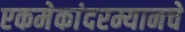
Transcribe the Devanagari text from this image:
एकमेकांदरम्यानचे